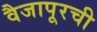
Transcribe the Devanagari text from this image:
वैजापूरची